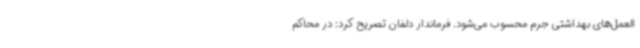
العمل‌های بهداشتی جرم محسوب می‌شود. فرماندار دلفان تصریح کرد: در محاکم